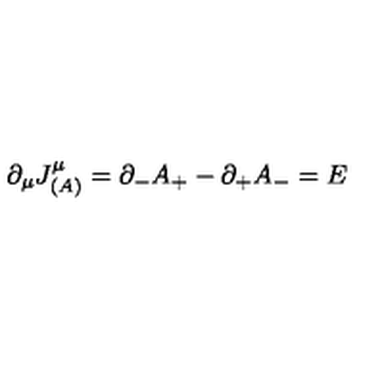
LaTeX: \partial _ { \mu } J _ { ( A ) } ^ { \mu } = \partial _ { - } A _ { + } - \partial _ { + } A _ { - } = E